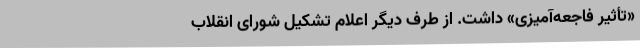
«تأثیر فاجعه‌آمیزی‌» داشت‌. از طرف‌ دیگر اعلام‌ تشکیل‌ شورای‌ انقلاب‌